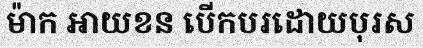
ម៉ាក អាយខន បើកបរដោយបុរស